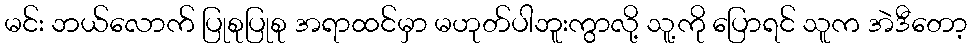
မင်း ဘယ်လောက် ပြုစုပြုစု အရာထင်မှာ မဟုတ်ပါဘူးကွာလို့ သူ့ကို ပြောရင် သူက အဲဒီတော့